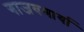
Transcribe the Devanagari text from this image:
गाजवणार्या